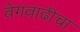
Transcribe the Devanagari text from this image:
वेगवाढीचा